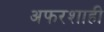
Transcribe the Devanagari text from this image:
अफरशाही